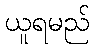
ယူရမည်